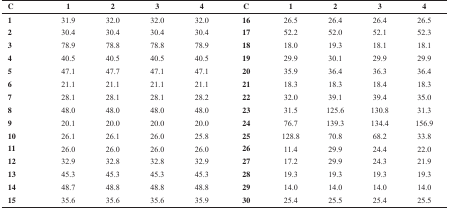
<table><thead><tr><td><b>C</b></td><td><b>1</b></td><td><b>2</b></td><td><b>3</b></td><td><b>4</b></td><td><b>C</b></td><td><b>1</b></td><td><b>2</b></td><td><b>3</b></td><td><b>4</b></td></tr></thead><tbody><tr><td><b>1</b></td><td>31.9</td><td>32.0</td><td>32.0</td><td>32.0</td><td><b>16</b></td><td>26.5</td><td>26.4</td><td>26.4</td><td>26.5</td></tr><tr><td><b>2</b></td><td>30.4</td><td>30.4</td><td>30.4</td><td>30.4</td><td><b>17</b></td><td>52.2</td><td>52.0</td><td>52.1</td><td>52.3</td></tr><tr><td><b>3</b></td><td>78.9</td><td>78.8</td><td>78.8</td><td>78.9</td><td><b>18</b></td><td>18.0</td><td>19.3</td><td>18.1</td><td>18.1</td></tr><tr><td><b>4</b></td><td>40.5</td><td>40.5</td><td>40.5</td><td>40.5</td><td><b>19</b></td><td>29.9</td><td>30.1</td><td>29.9</td><td>29.9</td></tr><tr><td><b>5</b></td><td>47.1</td><td>47.7</td><td>47.1</td><td>47.1</td><td><b>20</b></td><td>35.9</td><td>36.4</td><td>36.3</td><td>36.4</td></tr><tr><td><b>6</b></td><td>21.1</td><td>21.1</td><td>21.1</td><td>21.1</td><td><b>21</b></td><td>18.3</td><td>18.3</td><td>18.4</td><td>18.3</td></tr><tr><td><b>7</b></td><td>28.1</td><td>28.1</td><td>28.1</td><td>28.2</td><td><b>22</b></td><td>32.0</td><td>39.1</td><td>39.4</td><td>35.0</td></tr><tr><td><b>8</b></td><td>48.0</td><td>48.0</td><td>48.0</td><td>48.0</td><td><b>23</b></td><td>31.5</td><td>125.6</td><td>130.8</td><td>31.3</td></tr><tr><td><b>9</b></td><td>20.1</td><td>20.0</td><td>20.0</td><td>20.0</td><td><b>24</b></td><td>76.7</td><td>139.3</td><td>134.4</td><td>156.9</td></tr><tr><td><b>10</b></td><td>26.1</td><td>26.1</td><td>26.0</td><td>25.8</td><td><b>25</b></td><td>128.8</td><td>70.8</td><td>68.2</td><td>33.8</td></tr><tr><td><b>11</b></td><td>26.0</td><td>26.0</td><td>26.0</td><td>26.0</td><td><b>26</b></td><td>11.4</td><td>29.9</td><td>24.4</td><td>22.0</td></tr><tr><td><b>12</b></td><td>32.9</td><td>32.8</td><td>32.8</td><td>32.9</td><td><b>27</b></td><td>17.2</td><td>29.9</td><td>24.3</td><td>21.9</td></tr><tr><td><b>13</b></td><td>45.3</td><td>45.3</td><td>45.3</td><td>45.3</td><td><b>28</b></td><td>19.3</td><td>19.3</td><td>19.3</td><td>19.3</td></tr><tr><td><b>14</b></td><td>48.7</td><td>48.8</td><td>48.8</td><td>48.8</td><td><b>29</b></td><td>14.0</td><td>14.0</td><td>14.0</td><td>14.0</td></tr><tr><td><b>15</b></td><td>35.6</td><td>35.6</td><td>35.6</td><td>35.9</td><td><b>30</b></td><td>25.4</td><td>25.5</td><td>25.4</td><td>25.5</td></tr></tbody></table>